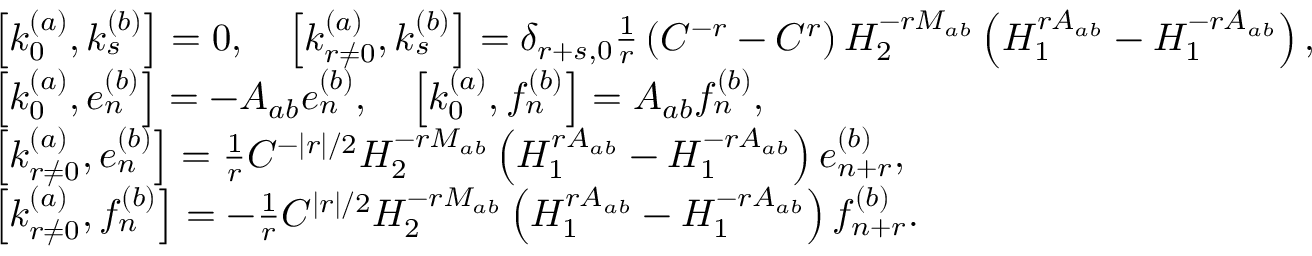
\begin{array} { r l } & { \left[ k _ { 0 } ^ { ( a ) } , k _ { s } ^ { ( b ) } \right] = 0 , \quad \left[ k _ { r \neq 0 } ^ { ( a ) } , k _ { s } ^ { ( b ) } \right] = \delta _ { r + s , 0 } \frac { 1 } { r } \left( C ^ { - r } - C ^ { r } \right) H _ { 2 } ^ { - r M _ { a b } } \left( H _ { 1 } ^ { r A _ { a b } } - H _ { 1 } ^ { - r A _ { a b } } \right) , } \\ & { \left[ k _ { 0 } ^ { ( a ) } , e _ { n } ^ { ( b ) } \right] = - A _ { a b } e _ { n } ^ { ( b ) } , \quad \left[ k _ { 0 } ^ { ( a ) } , f _ { n } ^ { ( b ) } \right] = A _ { a b } f _ { n } ^ { ( b ) } , } \\ & { \left[ k _ { r \neq 0 } ^ { ( a ) } , e _ { n } ^ { ( b ) } \right] = \frac { 1 } { r } C ^ { - | r | / 2 } H _ { 2 } ^ { - r M _ { a b } } \left( H _ { 1 } ^ { r A _ { a b } } - H _ { 1 } ^ { - r A _ { a b } } \right) e _ { n + r } ^ { ( b ) } , } \\ & { \left[ k _ { r \neq 0 } ^ { ( a ) } , f _ { n } ^ { ( b ) } \right] = - \frac { 1 } { r } C ^ { | r | / 2 } H _ { 2 } ^ { - r M _ { a b } } \left( H _ { 1 } ^ { r A _ { a b } } - H _ { 1 } ^ { - r A _ { a b } } \right) f _ { n + r } ^ { ( b ) } . } \end{array}